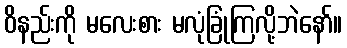
ဝိနည်းကို မလေးစား မလုံခြုံကြလို့ဘဲနော်။